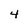
Character: 4